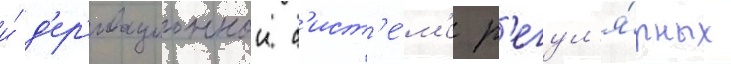
и́ д'ер'ивационнои с'ист'е́м'е р'егул'я́рных